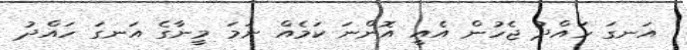
އަނގަ ހައްދު ޖެހުން އެއީ އޮންނަ ކަމެއް ނަމަ މީނާގެ އަނގަ ހައްދު